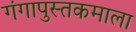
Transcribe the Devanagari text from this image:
गंगापुस्तकमाला